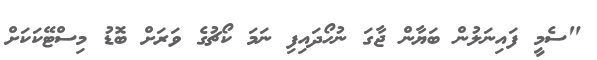
"ސެމީ ފައިނަލުން ބަޔާން ޖާގަ ނުހޯދައިފި ނަމަ ކޯޗުގެ ވަރަށް ބޮޑު މިސްޓޭކަކަށް